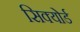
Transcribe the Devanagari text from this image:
सिक्योर्ड